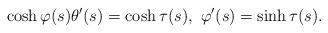
LaTeX: \begin{align*}\cosh\varphi(s)\theta'(s)=\cosh\tau(s),~\varphi'(s)=\sinh\tau(s).\end{align*}